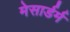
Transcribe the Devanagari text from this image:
मेसार्डर्म